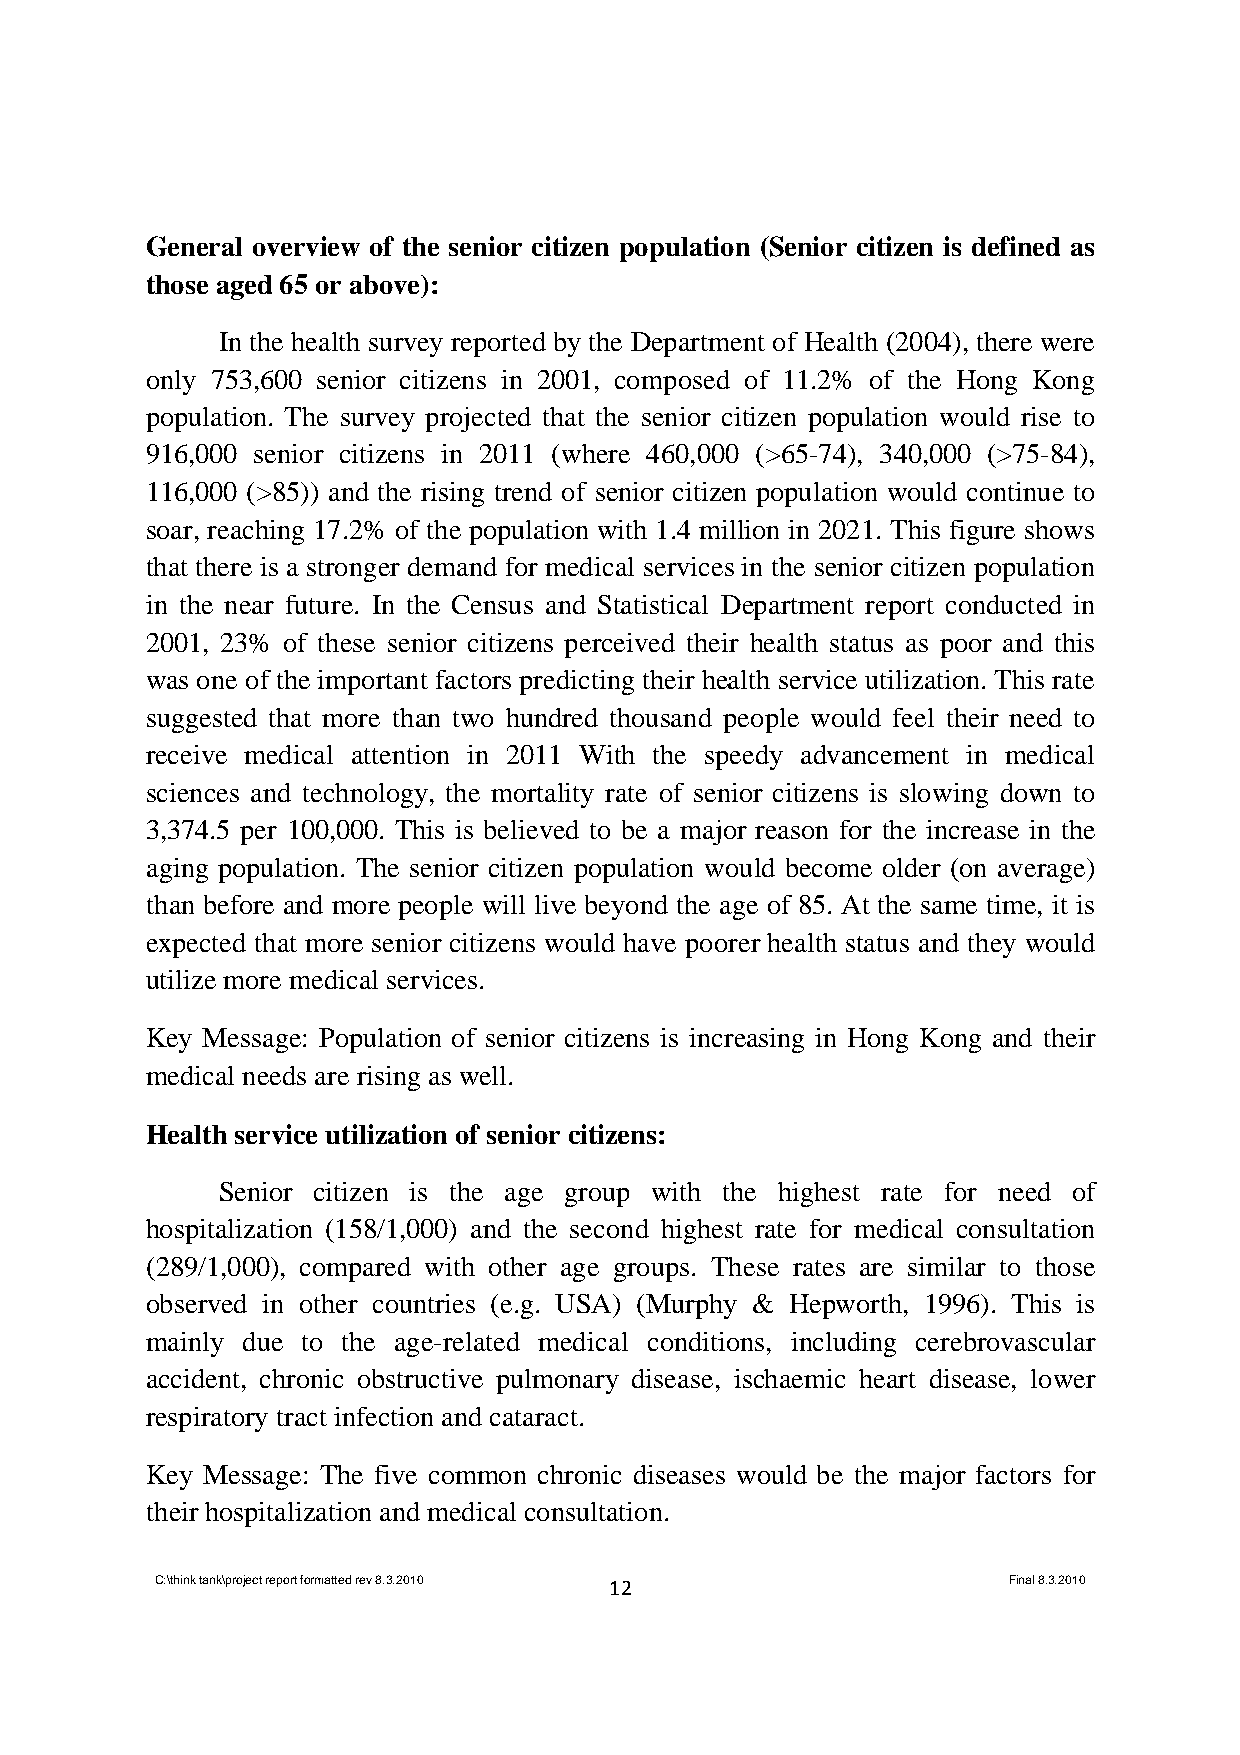
General overview of the senior citizen population (Senior citizen is defined as
 those aged 65 or above):
 In the health survey reported by the Department of Health (2004), there were
 only 753,600 senior citizens in 2001, composed of 11.2% of the Hong Kong
 population. The survey projected that the senior citizen population would rise to
 916,000 senior citizens in 2011 (where 460,000 (>65-74), 340,000 (>75-84),
 116,000 (>85)) and the rising trend of senior citizen population would continue to
 soar, reaching 17.2% of the population with 1.4 million in 2021. This figure shows
 that there is a stronger demand for medical services in the senior citizen population
 in the near future. In the Census and Statistical Department report conducted in
 2001, 23% of these senior citizens perceived their health status as poor and this
 was one of the important factors predicting their health service utilization. This rate
 suggested that more than two hundred thousand people would feel their need to
 receive medical attention in 2011 With the speedy advancement in medical
 sciences and technology, the mortality rate of senior citizens is slowing down to
 3,374.5 per 100,000. This is believed to be a major reason for the increase in the
 aging population. The senior citizen population would become older (on average)
 than before and more people will live beyond the age of 85. At the same time, it is
 expected that more senior citizens would have poorer health status and they would
 utilize more medical services.
 Key Message: Population of senior citizens is increasing in Hong Kong and their
 medical needs are rising as well.
 Health service utilization of senior citizens:
 Senior citizen is the age group with the highest rate for need of
 hospitalization (158/1,000) and the second highest rate for medical consultation
 (289/1,000), compared with other age groups. These rates are similar to those
 observed in other countries (e.g. USA) (Murphy & Hepworth, 1996). This is
 mainly due to the age-related medical conditions, including cerebrovascular
 accident, chronic obstructive pulmonary disease, ischaemic heart disease, lower
 respiratory tract infection and cataract.
 Key Message: The five common chronic diseases would be the major factors for
 their hospitalization and medical consultation.
 C:\think tank\project report formatted rev 8.3.2010 12   Final 8.3.2010